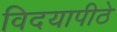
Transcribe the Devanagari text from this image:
विदयापीठे